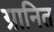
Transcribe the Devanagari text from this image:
ग्रानित